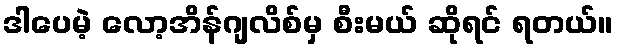
ဒါပေမဲ့ လော့အိန်ဂျလိစ်မှ စီးမယ် ဆိုရင် ရတယ်။